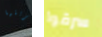
تجربتها سرقوا